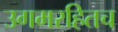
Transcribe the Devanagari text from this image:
उगमरहितच